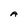
Character: A